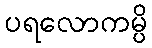
ပရလောကမ္ပိ